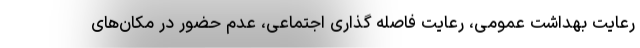
رعایت بهداشت عمومی، رعایت فاصله گذاری اجتماعی، عدم حضور در مکان‌های